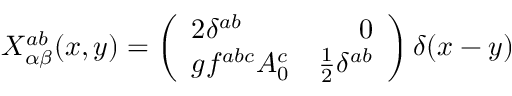
X _ { \alpha \beta } ^ { a b } ( x , y ) = \left( \begin{array} { l r } { { 2 \delta ^ { a b } } } & { { 0 \nonumber } } \\ { { g f ^ { a b c } A _ { 0 } ^ { c } } } & { { \frac { 1 } { 2 } \delta ^ { a b } \nonumber } } \end{array} \right) \delta ( x - y )